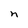
Character: n